Report of the Indian Hemp Drugs Commission, 1894-1895 - Volume IV
Year: 1894
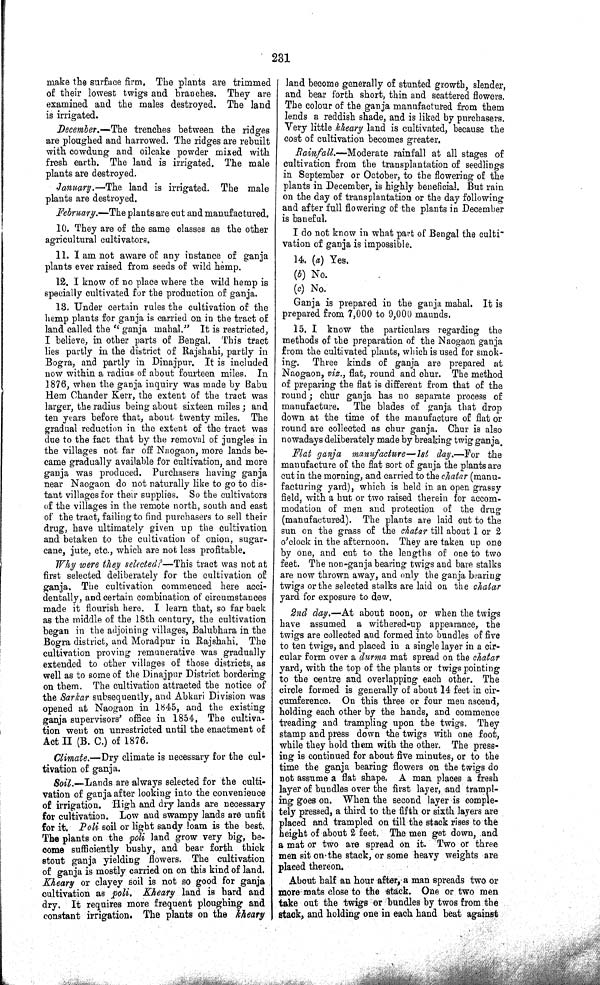
231
make the surface firm. The plants are trimmed
of their lowest twigs and branches. They are
examined and the males destroyed. The land
is irrigated.
December.—The
trenches between the ridges
are ploughed and harrowed. The ridges are rebuilt
with cowdung and oilcake powder mixed with
fresh earth. The land is irrigated. The male
plants are destroyed.
January.—The
land is irrigated. The male
plants are destroyed.
February.—The plants are cut and manufactured.
10. They are of the same classes as the other
agricultural cultivators.
11. I am not aware of any instance of ganja
plants ever raised from seeds of wild hemp.
12. I know of no place where the wild hemp is
specially cultivated for the production of ganja.
13. Under certain rules the cultivation of the
hemp plants for ganja is carried on in the tract of
land called the "ganja mahal." It is restricted,
I believe, in other parts of Bengal. This tract
lies partly in the district of Rajshahi, partly in
Bogra, and partly in Dinajpur. It is included
now within a radius of about fourteen miles.
In
1876, when the ganja inquiry was made by Babu
Hem Chander Kerr, the extent of the tract was
larger, the radius being about sixteen miles; and
ten years before that, about twenty miles. The
gradual reduction in the extent of the tract was
due to the fact that by the removal of jungles in
the villages not far off Naogaon, more lands be-
came gradually available for cultivation, and more
ganja was produced. Purchasers having ganja
near Naogaon do not naturally like to go to dis-
tant villages for their supplies. So the cultivators
of the villages in the remote north, south and east
of the tract, failing to find purchasers to sell their
drug, have ultimately given up the cultivation
and betaken to the cultivation of onion, sugar-
cane, jute, etc., which are not less profitable.
Why were they selected?—This tract was not at
first selected deliberately for the cultivation of
ganja. The cultivation commenced here acci-
dentally, and certain combination of circumstances
made it flourish here. I learn that, so far back
as the middle of the 18th century, the cultivation
began in the adjoining villages, Balubhara in the
Bogra district, and Moradpur in Rajshahi. The
cultivation proving remunerative was gradually
extended to other villages of those districts, as
well as to some of the Dinajpur District bordering
on them. The cultivation attracted the notice of
the Sarkar subsequently, and Abkari Division was
opened at Naogaon in 1845, and the existing
ganja supervisors' office in 1854, The cultiva-
tion went on unrestricted until the enactment of
Act II (B. C.) of 1876.
Climate.—Dry
climate is necessary for the cul-
tivation of ganja.
Soil.—Lands
are always selected for the culti-
vation of ganja after looking into the convenience
of irrigation. High and dry lands are necessary
for cultivation. Low and swampy lands are unfit
for it. Poli soil or light sandy loam is the best.
The plants on the poli land grow very big, be-
come sufficiently bushy, and bear forth thick
stout ganja yielding flowers. The cultivation
of ganja is mostly carried on on this kind of land.
Kheary or clayey soil is not so good for ganja
cultivation as poli. Kheary land is hard and
dry. It requires more frequent ploughing and
constant irrigation. The plants on the kheary
land become generally of stunted growth, slender,
and bear forth short, thin and scattered flowers.
The colour of the ganja manufactured from them
lends a reddish shade, and is liked by purchasers.
Very little kheary land is cultivated, because the
cost of cultivation becomes greater.
Rainfall.—Moderate rainfall at all stages of
cultivation from the transplantation of seedlings
in September or October, to the flowering of the
plants in December, is highly beneficial. But rain
on the day of transplantation or the day following
and after full flowering of the plants in December
is baneful.
I do not know in what part of Bengal the culti-
vation of ganja is impossible.
14. (a) Yes.
(b) No.
(c) No.
Ganja is prepared in the ganja mahal. It is
prepared from 7,000 to 9,000 maunds.
15. I know the particulars regarding the
methods of the preparation of the Naogaon ganja
from the cultivated plants, which is used for smok-
ing.
Three kinds of ganja are prepared at
Naogaon, viz., flat, round and chur. The method
of preparing the flat is different from that of the
round; chur ganja has no separate process of
manufacture.
The blades of ganja that drop
down at the time of the manufacture of flat or
round are collected as chur ganja. Chur is also
nowadays deliberately made by breaking twig ganja.
Flat ganja
manufacture—1st
day.—For
the
manufacture of the flat sort of ganja the plants are
cut in the morning, and carried to the chatar (manu-
facturing yard), which is held in an open grassy
field, with a hut or two raised therein for accom-
modation of men and protection of the drug
(manufactured). The plants are laid out to the
sun on the grass of the chatar till about 1 or 2
o'clock in the afternoon. They are taken up one
by one, and cut to the lengths of one to two
feet. The non-ganja bearing twigs and bare stalks
are now thrown away, and only the ganja bearing
twigs or the selected stalks are laid on the chatar
yard for exposure to dew.
2nd day.—At
about noon, or when the twigs
have assumed a withered-up appearance, the
twigs are collected and formed into bundles of five
to ten twigs, and placed in a single layer in a cir-
cular form over a durma mat spread on the chatar
yard, with the top of the plants or twigs pointing
to the centre and overlapping each other. The
circle formed is generally of about 14 feet in cir-
cumference. On this three or four men ascend,
holding each other by the hands, and commence
treading and trampling upon the twigs. They
stamp and press down the twigs with one foot,
while they hold them with the other. The press-
ing is continued for about five minutes, or to the
time the ganja bearing flowers on the twigs do
not assume a flat shape. A man places a fresh
layer of bundles over the first layer, and trampl-
ing goes on. When the second layer is comple-
tely pressed, a third to the fifth or sixth layers are
placed and trampled on till the stack rises to the
height of about 2 feet. The men get down, and
a mat or two are spread on it. Two or three
men sit on the stack, or some heavy weights are
placed thereon.
About half an hour after, a man spreads two or
more mats close to the stack. One or two men
take out the twigs or bundles by twos from the
stack, and holding one in each hand beat against